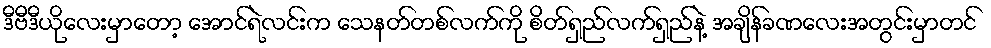
ဒီဗီဒီယိုလေးမှာတော့ အောင်ရဲလင်းက သေနတ်တစ်လက်ကို စိတ်ရှည်လက်ရှည်နဲ့ အချိန်ခဏလေးအတွင်းမှာတင်